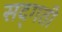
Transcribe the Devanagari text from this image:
सद्‌गती